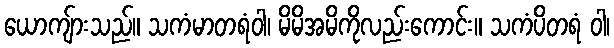
ယောကျ်ားသည်။ သကံမာတရံဝါ၊ မိမိအမိကိုလည်းကောင်း။ သကံပိတရံ ဝါ၊